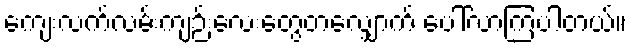
ကျေးလက်လမ်းကျဉ်းလေးတွေတလျှောက် ပေါ်လာကြပါတယ်။